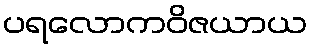
ပရလောကဝိဇယာယ